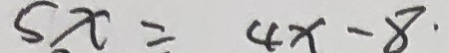
s x = 4 x - 8 .